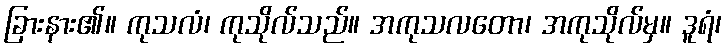
ခြားနား၏။ ကုသလံ၊ ကုသိုလ်သည်။ အကုသလတော၊ အကုသိုလ်မှ။ ဒူရံ၊